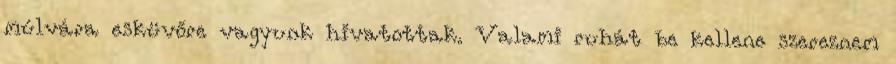
múlvára esküvőre vagyunk hivatottak. Valami ruhát be kellene szereznem